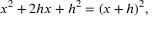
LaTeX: x ^ { 2 } + 2 h x + h ^ { 2 } = ( x + h ) ^ { 2 } ,